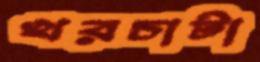
খরচাটা